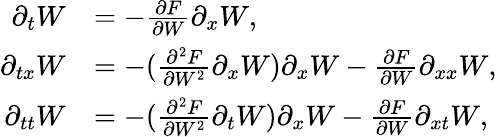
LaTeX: \begin{array}{rl}{\partial_{t}W}&{=-\frac{\partial F}{\partial W}\partial_{x}W,}\\ {\partial_{tx}W}&{=-(\frac{\partial^{2}F}{\partial W^{2}}\partial_{x}W)\partial_{x}W-\frac{\partial F}{\partial W}\partial_{xx}W,}\\ {\partial_{tt}W}&{=-(\frac{\partial^{2}F}{\partial W^{2}}\partial_{t}W)\partial_{x}W-\frac{\partial F}{\partial W}\partial_{xt}W,}\end{array}